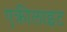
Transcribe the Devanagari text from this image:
एक्रीलाइट